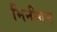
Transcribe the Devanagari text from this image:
मिनीगन